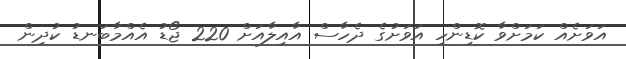
އަވަށެއް ކަމަށްވާ ކޮޑިންހި އަވަށުގެ ދެހާސް އާއިލާއަށް 220 ޖޯޑު އެއްމާބަނޑު ކުދިން